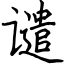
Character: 谴